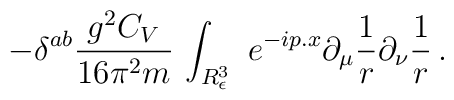
\displaystyle -{\delta }^{ab}\frac{g^2C_V}{16\pi ^2m}\,\int_{R_\epsilon ^3}~e^{-ip.x}\partial _\mu \frac 1r\partial _\nu \frac 1r \, .